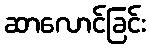
ဆာလောင်ခြင်း